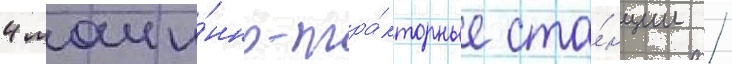
4 маши́нно-тра́кторные ста́нции /